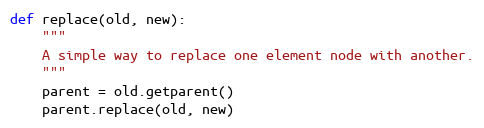
Language: Python
def replace(old, new):
    """
    A simple way to replace one element node with another.
    """
    parent = old.getparent()
    parent.replace(old, new)